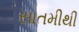
સાતમીથી